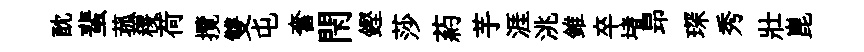
酖蜚菰稷荷攬雙屯奮閇鏗莎葯芋涯洮錐卒堵昻琛秀壯崑